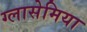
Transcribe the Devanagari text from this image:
ग्लासेमिया